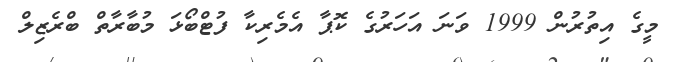
މީގެ އިތުރުން 1999 ވަނަ އަހަރުގެ ކޮޕާ އެމެރިކާ ފުޓްބޯޅަ މުބާރާތް ބްރެޒިލް